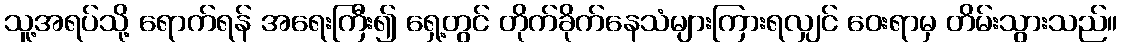
သူ့အရပ်သို့ ရောက်ရန် အရေးကြီး၍ ရှေ့တွင် တိုက်ခိုက်နေသံများကြားရလျှင် ဝေးရာမှ တိမ်းသွားသည်။